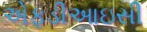
એફડીઆઇસી